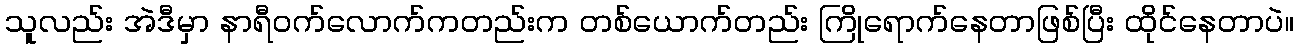
သူလည်း အဲဒီမှာ နာရီဝက်လောက်ကတည်းက တစ်ယောက်တည်း ကြိုရောက်နေတာဖြစ်ပြီး ထိုင်နေတာပဲ။